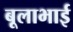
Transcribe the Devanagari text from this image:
बूलाभाई